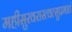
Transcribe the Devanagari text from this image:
महीसुरवरास्त्वत्सुप्रभातं